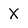
Character: X